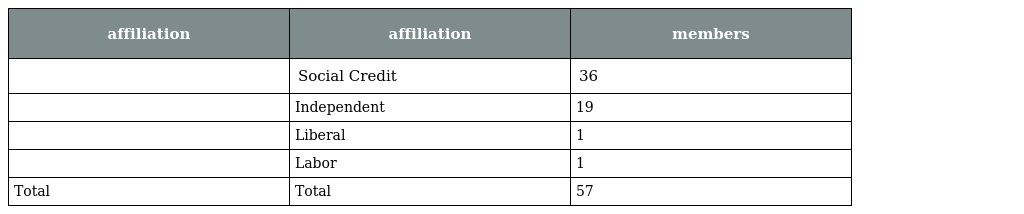
| affiliation | affiliation | members |
 | --- | --- | --- |
 |  | Social Credit | 36 |
 |  | Independent | 19 |
 |  | Liberal | 1 |
 |  | Labor | 1 |
 | Total | Total | 57 |